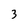
Character: 3